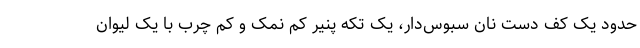
حدود یک کف دست نان سبوس‌دار، یک تکه پنیر کم نمک و کم چرب با یک لیوان